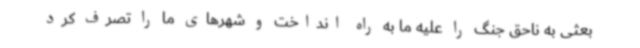
بعثی به ناحق جنگ را علیه ما به راه انداخت و شهرهای ما را تصرف کرد